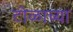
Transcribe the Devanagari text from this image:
टोळाच्या